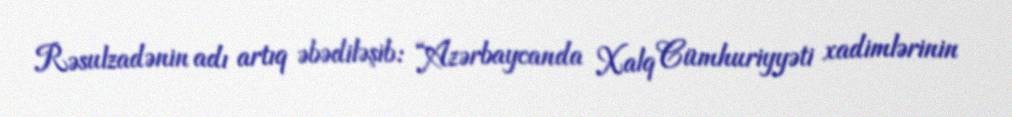
Rəsulzadənin adı artıq əbədiləşib: “Azərbaycanda Xalq Cümhuriyyəti xadimlərinin